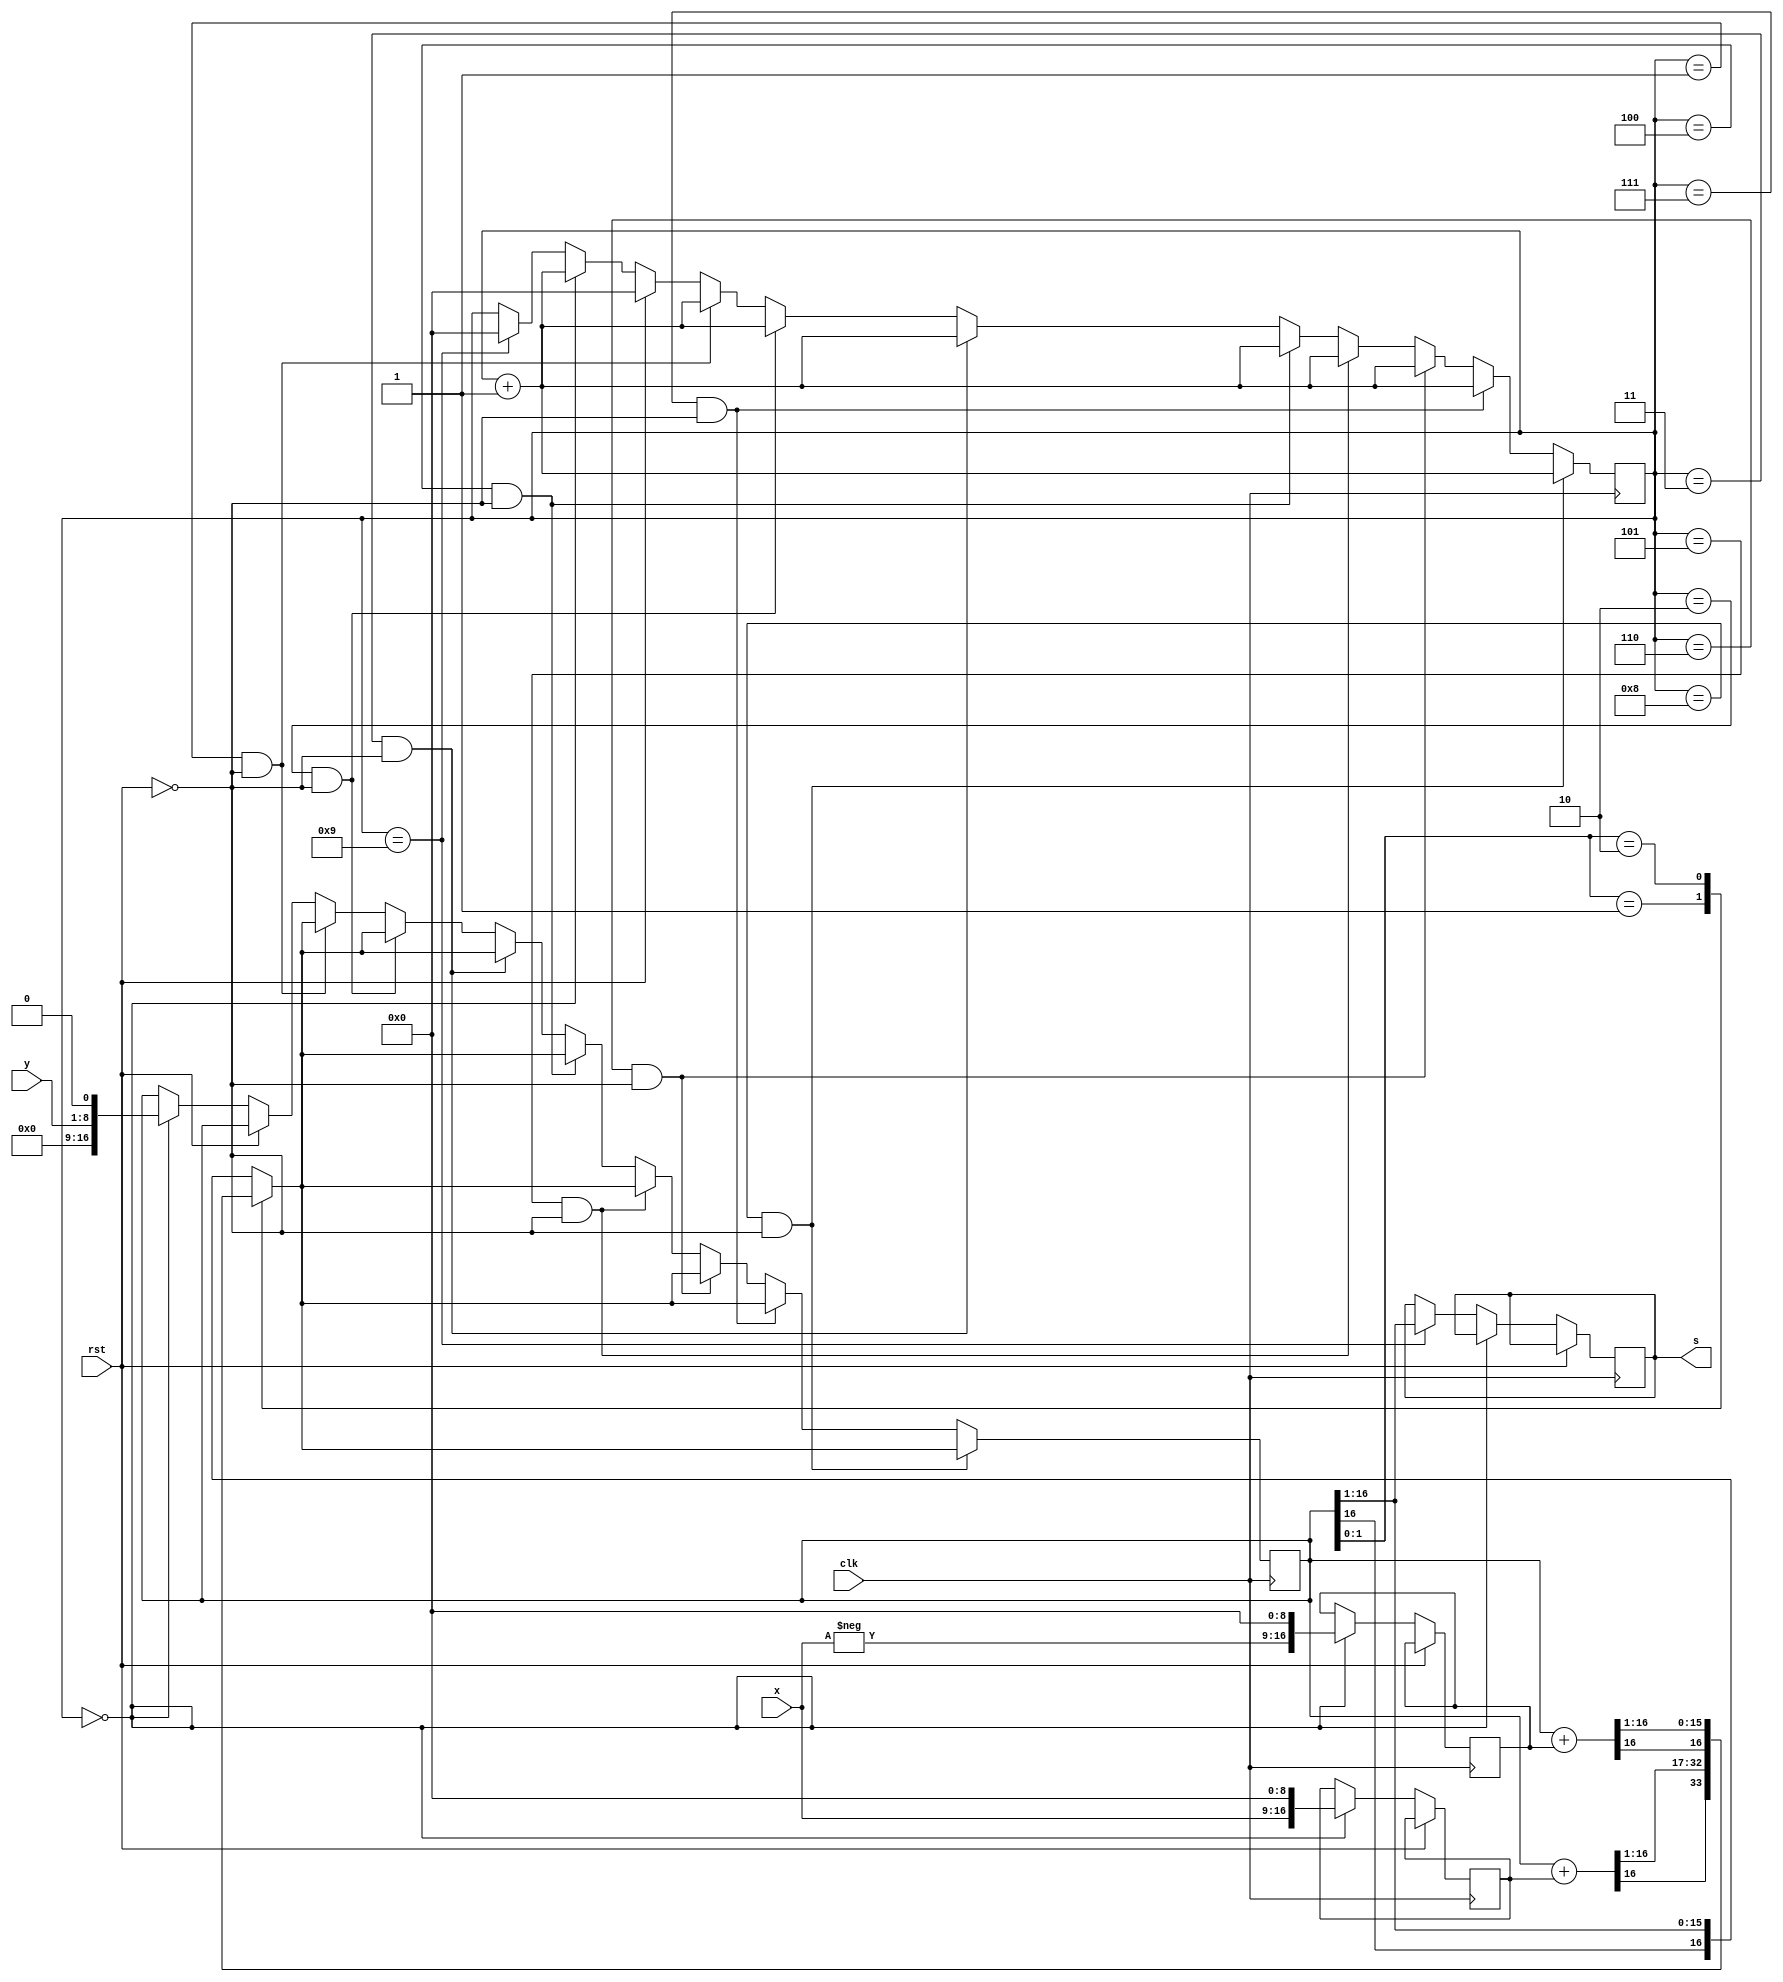
module booth (
    input wire clk, 
    input wire rst, 
    input [7:0] x, 
    input [7:0] y, 
    output reg [15:0] s
);

    reg signed [16:0] addend = 0;
    reg signed [16:0] subtra = 0;
    reg signed [16:0] product = 0;

    reg [8:0] state = 0;

    wire signed [15:0] pwire;

    assign pwire = product >>> 1;

    integer i;

    always @ (posedge clk) begin
        if (rst) begin
            state <= 0;
        end
        else if (state == 0) begin
            addend <= { x[7:0], 9'b0 };
            subtra <= {-x[7:0], 9'b0 };
            product <= { 8'b0, y[7:0], 1'b0 };

            state <= state + 1;
        end
        else if (state == 9) begin
            s <= pwire;
            state <= 0;
        end

        for(i = 1; i < 9; i = i + 1) begin
            if (state == i && ~rst) begin
                case(product[1:0])
                    2'b01: product <= (product + addend) >>> 1;
                    2'b10: product <= (product + subtra) >>> 1;
                    default: product <= product >>> 1;
                endcase
                state <= state + 1;
            end
        end
    end

endmodule